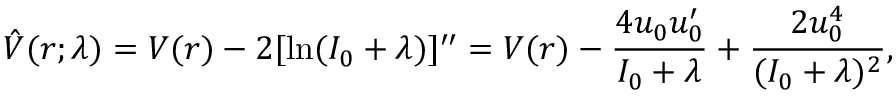
\hat { V } ( r ; \lambda ) = V ( r ) - 2 [ \ln ( I _ { 0 } + \lambda ) ] ^ { \prime \prime } = V ( r ) - \frac { 4 u _ { 0 } u _ { 0 } ^ { \prime } } { I _ { 0 } + \lambda } + \frac { 2 u _ { 0 } ^ { 4 } } { ( I _ { 0 } + \lambda ) ^ { 2 } } ,